Vaccination Hyderabad 1872-1889 - 1872-1889
Year: 1872
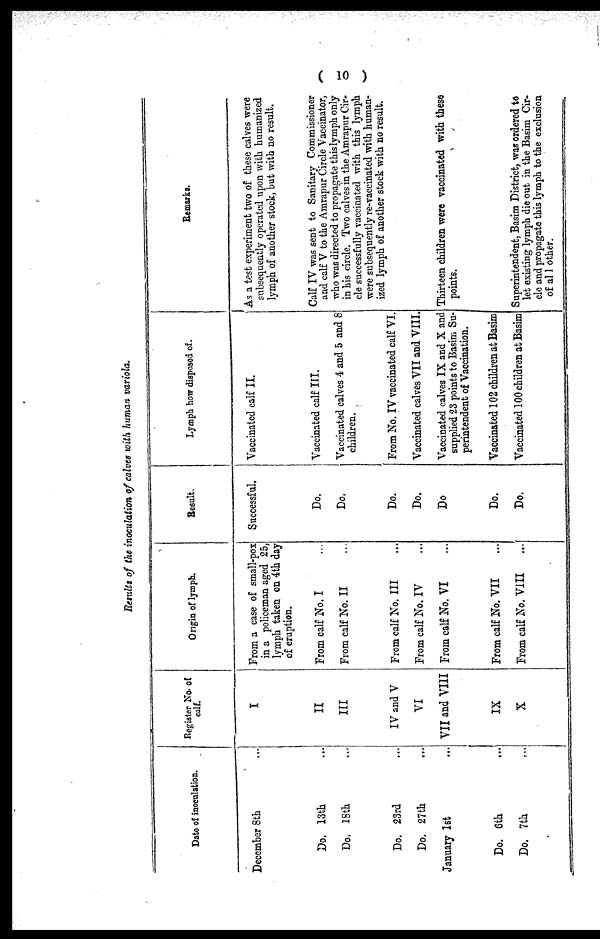
( 10 )
Results of the inoculation of calves with human variola.
Date of inoculation.
December 8 th
Do. 13th ...
Do. 18th ...
Do. 23rd ...
Do. 27th ...
January 1st
...
Do. 6th ...
Do. 7th ...
Register No. of
calf.
I
II
III
IV and V
VI
VII and VIII
IX
X
Origin of lymph.
From a case of small-pox
in a policeman aged 25,
lymph taken on 4th day
of eruption.
From calf No. I ...
From calf No. II ...
From calf No. III ...
From calf No. IV ...
From calf No. VI ...
From calf No. VII ...
From calf No. VIII
...
Result.
Successful.
Do.
Do.
Do.
Do.
Do.
Do.
Do.
Lymph how disposed of.
Vaccinated calf II.
Vaccinated calf III.
Vaccinated calves 4 and 5 and 8
children.
From No. IV vaccinated calf VI.
Vaccinated calves VII and VIII.
Vaccinated calves IX and X and
supplied 23 points to Basim Su-
perintendent of Vaccination.
Vaccinated 102 children at Basim
Vaccinated 100 children at Basim
Remarks.
As a test experiment two of these calves were
subsequently operated upon with humanized
lymph of another stock, but with no result.
Calf IV was sent to Sanitary Commissioner
and calf V to the Amrapur Circle Vaccinator,
who was directed to propagate this lymph only
in his circle. Two calves in the Amrapur Cir-
cle successfully vaccinated with this lymph
were subsequently re-vaccinated with human-
ized lymph of another stock with no result.
Thirteen children were vaccinated with these
points.
Superintendent, Basim District, was ordered to
let existing lymph die out in the Basim Cir-
cle and propagate this lymph to the exclusion
of al1 other.